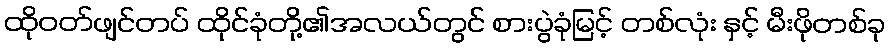
ထိုဝတ်ဖျင်တပ် ထိုင်ခုံတို့၏အလယ်တွင် စားပွဲခုံမြင့် တစ်လုံး နှင့် မီးဖိုတစ်ခု